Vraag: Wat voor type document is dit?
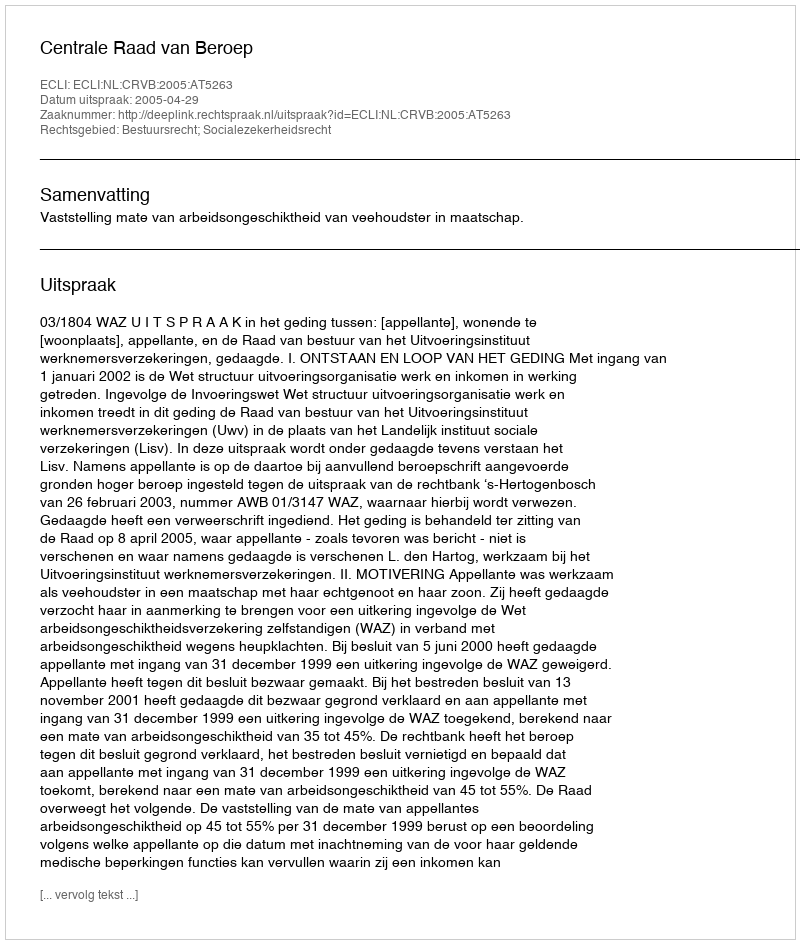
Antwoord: Uitspraak